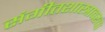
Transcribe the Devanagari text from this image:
संगीतशास्त्रावरचा